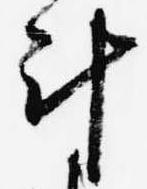
計